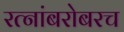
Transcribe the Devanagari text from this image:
रत्‍नांबरोबरच